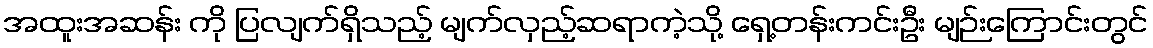
အထူးအဆန်း ကို ပြလျက်ရှိသည့် မျက်လှည့်ဆရာကဲ့သို့ ရှေ့တန်းကင်းဦး မျဉ်းကြောင်းတွင်